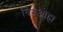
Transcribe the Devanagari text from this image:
गिगओह्म